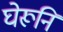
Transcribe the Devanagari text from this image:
घेरूनि